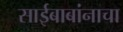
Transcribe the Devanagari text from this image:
साईबाबांनाचा